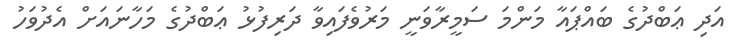
އަދި ޢަބްދުގެ ބައްޕައާ މަންމަ ސަމީރާވަނީ މަރުވެފައިވާ ދަރިފުޅު ޢަބްދުގެ މަހާނައަށް އެދުވަހު